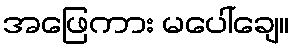
အဖြေကား မပေါ်ချေ။